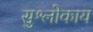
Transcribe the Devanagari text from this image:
सुश्लोकाय